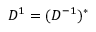
D ^ { 1 } = ( D ^ { - 1 } ) ^ { * }